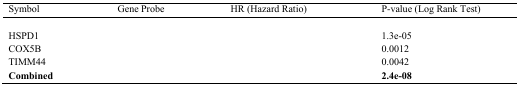
<table><thead><tr><td><b>Symbol</b></td><td><b>Gene Probe</b></td><td><b>HR (Hazard Ratio)</b></td><td><b>P-value (Log Rank Test)</b></td></tr></thead><tbody><tr><td>HSPD1</td><td>[EMPTY_CELL]</td><td>[EMPTY_CELL]</td><td>1.3e-05</td></tr><tr><td>COX5B</td><td>[EMPTY_CELL]</td><td>[EMPTY_CELL]</td><td>0.0012</td></tr><tr><td>TIMM44</td><td>[EMPTY_CELL]</td><td>[EMPTY_CELL]</td><td>0.0042</td></tr><tr><td><b>Combined</b></td><td>[EMPTY_CELL]</td><td>[EMPTY_CELL]</td><td><b>2.4e-08</b></td></tr></tbody></table>